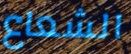
الشعاع